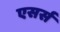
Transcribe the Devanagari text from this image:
एसर्स